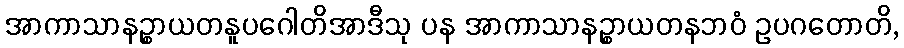
အာကာသာနဉ္စာယတနူပဂေါတိအာဒီသု ပန အာကာသာနဉ္စာယတနဘဝံ ဥပဂတောတိ,